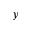
y